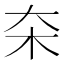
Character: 㚓